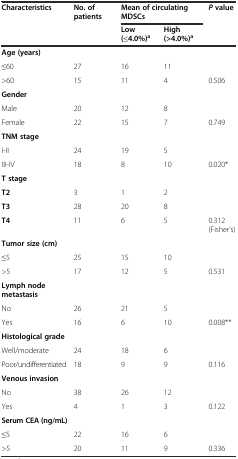
<table><thead><tr><td><b>Characteristics</b></td><td><b>No. of patients</b></td><td colspan="2"><b>Mean of circulating MDSCs</b></td><td><b><i>P</i>value</b></td></tr><tr><td></td><td></td><td><b>Low (≤4.0%)<sup>a</sup></b></td><td><b>High (&gt;4.0%)<sup>a</sup></b></td><td></td></tr></thead><tbody><tr><td><b>Age (years)</b></td><td></td><td></td><td></td><td></td></tr><tr><td>≤60</td><td>27</td><td>16</td><td>11</td><td></td></tr><tr><td>&gt;60</td><td>15</td><td>11</td><td>4</td><td>0.506</td></tr><tr><td><b>Gender</b></td><td></td><td></td><td></td><td></td></tr><tr><td>Male</td><td>20</td><td>12</td><td>8</td><td></td></tr><tr><td>Female</td><td>22</td><td>15</td><td>7</td><td>0.749</td></tr><tr><td><b>TNM stage</b></td><td></td><td></td><td></td><td></td></tr><tr><td>I-II</td><td>24</td><td>19</td><td>5</td><td></td></tr><tr><td>III-IV</td><td>18</td><td>8</td><td>10</td><td>0.020*</td></tr><tr><td><b>T stage</b></td><td></td><td></td><td></td><td></td></tr><tr><td><b>T2</b></td><td>3</td><td>1</td><td>2</td><td></td></tr><tr><td><b>T3</b></td><td>28</td><td>20</td><td>8</td><td></td></tr><tr><td><b>T4</b></td><td>11</td><td>6</td><td>5</td><td>0.312 (Fisher’s)</td></tr><tr><td><b>Tumor size (cm)</b></td><td></td><td></td><td></td><td></td></tr><tr><td>≤5</td><td>25</td><td>15</td><td>10</td><td></td></tr><tr><td>&gt;5</td><td>17</td><td>12</td><td>5</td><td>0.531</td></tr><tr><td><b>Lymph node metastasis</b></td><td></td><td></td><td></td><td></td></tr><tr><td>No</td><td>26</td><td>21</td><td>5</td><td></td></tr><tr><td>Yes</td><td>16</td><td>6</td><td>10</td><td>0.008**</td></tr><tr><td><b>Histological grade</b></td><td></td><td></td><td></td><td></td></tr><tr><td>Well/moderate</td><td>24</td><td>18</td><td>6</td><td></td></tr><tr><td>Poor/undifferentiated</td><td>18</td><td>9</td><td>9</td><td>0.116</td></tr><tr><td><b>Venous invasion</b></td><td></td><td></td><td></td><td></td></tr><tr><td>No</td><td>38</td><td>26</td><td>12</td><td></td></tr><tr><td>Yes</td><td>4</td><td>1</td><td>3</td><td>0.122</td></tr><tr><td><b>Serum CEA (ng/mL)</b></td><td></td><td></td><td></td><td></td></tr><tr><td>≤5</td><td>22</td><td>16</td><td>6</td><td></td></tr><tr><td>&gt;5</td><td>20</td><td>11</td><td>9</td><td>0.336</td></tr></tbody></table>